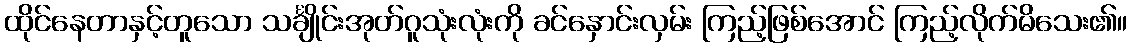
ထိုင်နေတာနှင့်တူသော သင်္ချိုင်းအုတ်ဂူသုံးလုံးကို ခင်နှောင်းလှမ်း ကြည့်ဖြစ်အောင် ကြည့်လိုက်မိသေး၏။